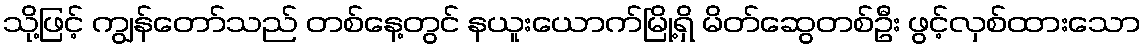
သို့ဖြင့် ကျွန်တော်သည် တစ်နေ့တွင် နယူးယောက်မြို့ရှိ မိတ်ဆွေတစ်ဦး ဖွင့်လှစ်ထားသော